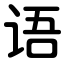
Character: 语